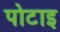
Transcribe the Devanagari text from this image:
पोटाइ